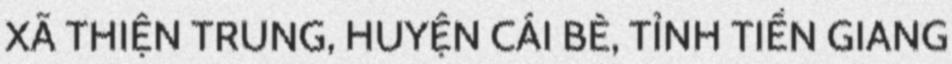
XÃ THIỆN TRUNG, HUYỆN CÁI BÈ, TỈNH TIỀN GIANG